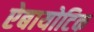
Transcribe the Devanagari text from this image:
ऐबायोटिक